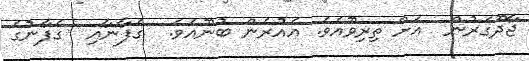
ޖާދޫގަރުން  އަށް ތިރިވޫއެވެ. އެއުރެން ބުނޫއެވެ.  ގެފާނާއި  ގެފާނުގެ